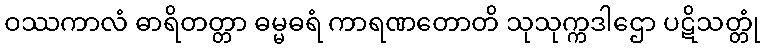
ဝဿကာလံ ဓာရိတတ္တာ ဓမ္မဓရံ ကာရဏတောတိ သုသုက္ကဒါဌော ပဋိသတ္တုံ